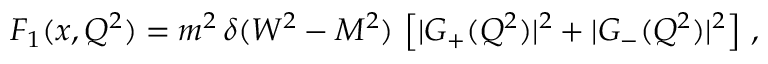
F _ { 1 } ( x , Q ^ { 2 } ) = m ^ { 2 } \, \delta ( W ^ { 2 } - M ^ { 2 } ) \, \left[ | G _ { + } ( Q ^ { 2 } ) | ^ { 2 } + | G _ { - } ( Q ^ { 2 } ) | ^ { 2 } \right] \, ,